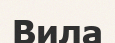
Вила